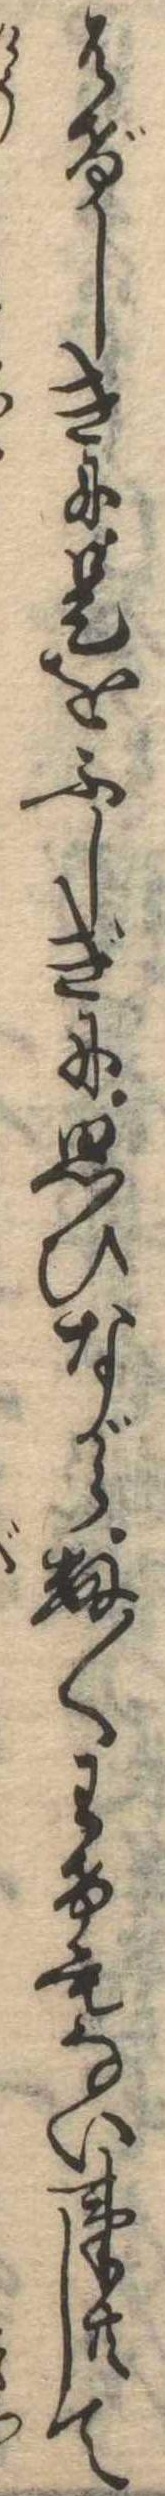
はげしきに是をふしぎに思ひながら数〱わけもない事共して